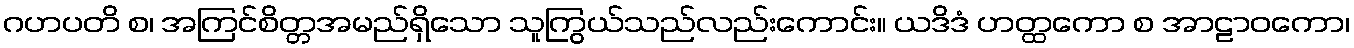
ဂဟပတိ စ၊ အကြင်စိတ္တအမည်ရှိသော သူကြွယ်သည်လည်းကောင်း။ ယဒိဒံ ဟတ္ထကော စ အာဠာဝကော၊